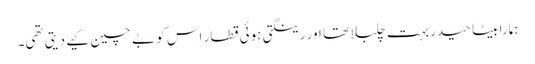
ہمارا بیٹا حیدر بہت چلبلا تھا اور رینگتی ہوئی قطار اس کو بے چین کیے دیتی تھی۔